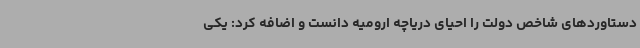
دستاوردهای شاخص دولت را احیای دریاچه ارومیه دانست و اضافه کرد: یکی